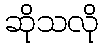
ဆိုသလို